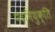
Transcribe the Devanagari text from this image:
पदनियुक्ति